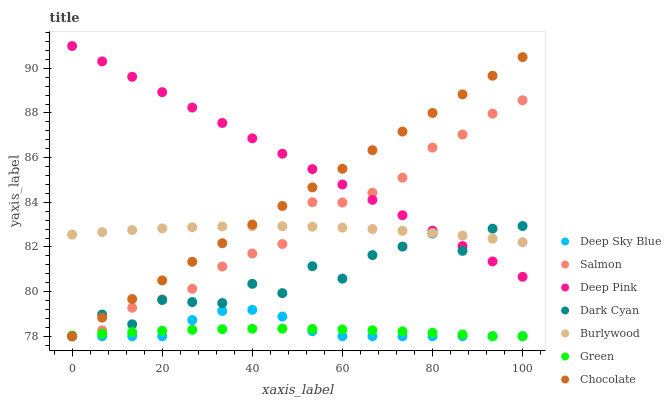
| xaxis_label | Deep Sky Blue | Salmon | Deep Pink | Dark Cyan | Burlywood | Green | Chocolate |
 | --- | --- | --- | --- | --- | --- | --- | --- |
 | 0 | 78 | 78 | 91 | 78 | 82.6 | 78 | 78 |
 | 6.67 | 78 | 78.3 | 90.3 | 79 | 82.7 | 78.1 | 78.8 |
 | 13.3 | 78 | 79.3 | 89.6 | 78.5 | 82.8 | 78.2 | 79.7 |
 | 20 | 78 | 79.7 | 88.9 | 79.6 | 82.8 | 78.2 | 80.5 |
 | 26.7 | 78.7 | 80.1 | 88.2 | 79.5 | 82.9 | 78.3 | 81.3 |
 | 33.3 | 79.1 | 81.1 | 87.6 | 79.5 | 82.9 | 78.3 | 82.2 |
 | 40 | 79.2 | 81.7 | 86.9 | 80.3 | 82.9 | 78.3 | 83 |
 | 46.7 | 78.9 | 82.1 | 86.2 | 79.9 | 82.9 | 78.3 | 83.8 |
 | 53.3 | 78.2 | 84 | 85.5 | 81.1 | 82.9 | 78.3 | 84.7 |
 | 60 | 78 | 84 | 84.8 | 80.6 | 82.9 | 78.3 | 85.5 |
 | 66.7 | 78 | 84.4 | 84.1 | 81.6 | 82.8 | 78.3 | 86.3 |
 | 73.3 | 78 | 85.1 | 83.4 | 82 | 82.7 | 78.2 | 87.2 |
 | 80 | 78 | 86.5 | 82.7 | 82.6 | 82.6 | 78.2 | 88 |
 | 86.7 | 78 | 87 | 82 | 81.8 | 82.5 | 78.1 | 88.8 |
 | 93.3 | 78 | 88 | 81.4 | 82.8 | 82.4 | 78 | 89.7 |
 | 100 | 78 | 88.6 | 80.7 | 82.9 | 82.2 | 78 | 90.5 |